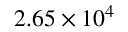
2 . 6 5 \times 1 0 ^ { 4 }